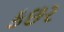
કછર